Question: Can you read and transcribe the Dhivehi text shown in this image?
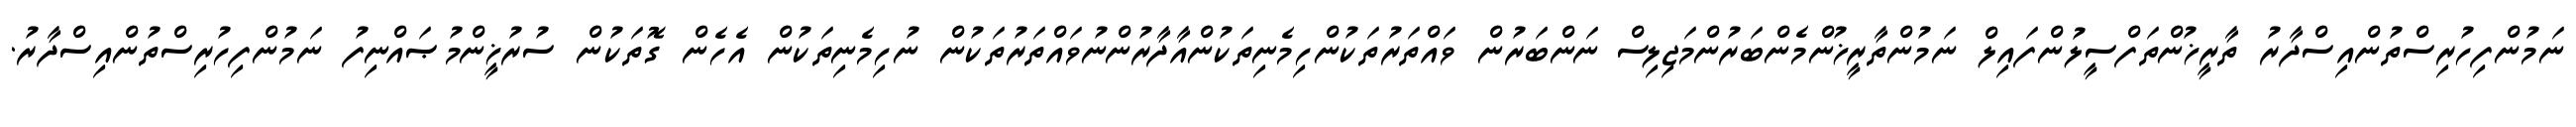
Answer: ނަމުންފިހުރިސްތުންއިސްދާރު ތާރީޚުންތަފްސީލުންފައިލް ނަމުންތާރީޚުންމެންބަރުންމަޖިލިސް ނަންބަރުން ވައްތަރުތަކުންހިމެނިތަކުންއާދާރުންނުވައްތަރުތަކުން ނުހިމެނިތަކުން އެހެން ގޮތަކުން ސުރުޚީންމުޞައްނިފު ނަމުންފިހުރިސްތުންއިސްދާރު.